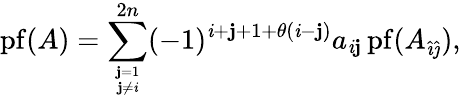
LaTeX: \operatorname{pf}(A)=\sum_{{\mathbf{j}=1}\atop{\mathbf{j}\neq\mathit{i}}}^{2n}(-1)^{\mathit{i}+\mathbf{j}+1+\theta(\mathit{i}-\mathbf{j})}a_{\mathit{i}\mathbf{j}}\operatorname{pf}(A_{{\hat{{\imath}}}{\hat{{\jmath}}}}),